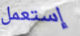
إستعمل